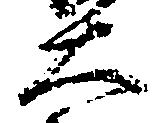
大